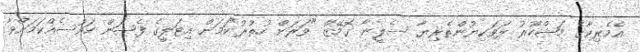
އެމެރިކާގެ މަޝްހޫރު ލަވަކިޔުންތެރިޔާ ސެލީނާ ގޮމޭޒް "ވަރަށް ހުތުރު"ކަމަށް އިޓަލީގެ ފެޝަން ހައުސެއްކަމަށްވާ